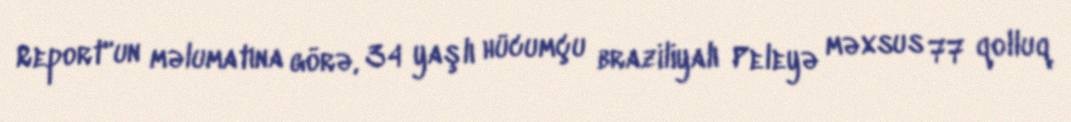
Report"un məlumatına görə, 34 yaşlı hücumçu braziliyalı Peleyə məxsus 77 qolluq